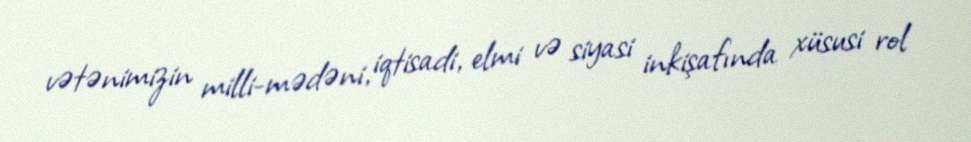
vətənimizin milli-mədəni, iqtisadi, elmi və siyasi inkişafında xüsusi rol